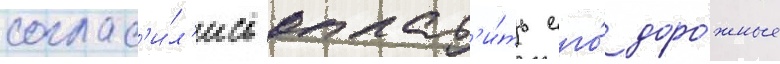
соглас'и́л'ись оплат'и́ть его́ доро́жные